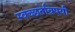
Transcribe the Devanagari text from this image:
स्वच्छतेविषयी